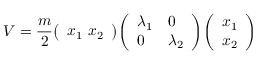
V = { \frac { m } { 2 } } { \left( \begin{array} { l } { x _ { 1 } \ x _ { 2 } } \end{array} \right) } { \left( \begin{array} { l l } { \lambda _ { 1 } } & { 0 } \\ { 0 } & { \lambda _ { 2 } } \end{array} \right) } { \left( \begin{array} { l } { x _ { 1 } } \\ { x _ { 2 } } \end{array} \right) }